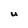
Character: U